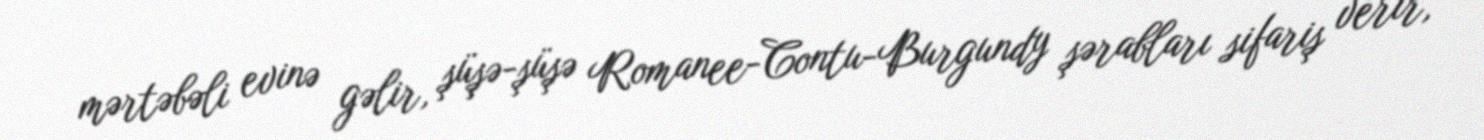
mərtəbəli evinə gəlir, şüşə-şüşə Romanee-Contu-Burgundy şərabları sifariş verir,